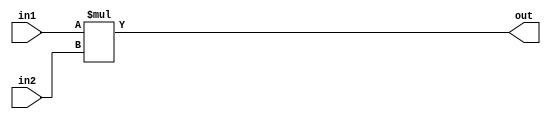
module Multiplier(
input [17:0]in1,in2,
output reg [35:0] out
);
always@(*)
begin
out= in1 * in2;
end

endmodule